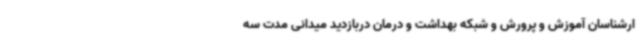
ارشناسان آموزش و پرورش و شبکه بهداشت و درمان دربازدید میدانی مدت سه